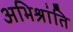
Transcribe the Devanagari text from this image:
अभिश्रांति